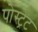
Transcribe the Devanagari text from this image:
पोस्ट्रेट